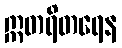
ဣတရိတရေန